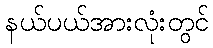
နယ်ပယ်အားလုံးတွင်